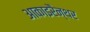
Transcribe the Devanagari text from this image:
आकाइरैन्थर